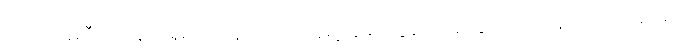
လိုက်ပါကူညီပေးနေတဲ့ ရှမ်းပြည်နယ်၊ ကချင်ရှေ့နေများကွန်ရက် ဥက္ကဋ္ဌ တရားလွှတ်တော်ရှေ့နေ